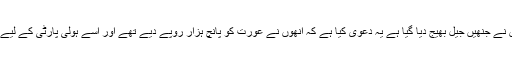
ادھر ملزموں نے جنھیں جیل بھیج دیا گیا ہے یہ دعویٰ کیا ہے کہ انھوں نے عورت کو پانچ ہزار روپے دیے تھے اور اسے ہولی پارٹی کے لیے لایا گیا تھا۔